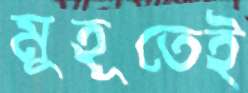
মুহূতেই